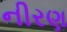
નીરણ